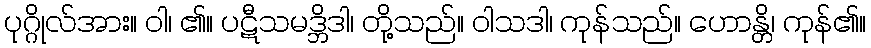
ပုဂ္ဂိုလ်အား။ ဝါ၊ ၏။ ပဋီသမဒ္ဘိဒါ၊ တို့သည်။ ဝါသဒါ၊ ကုန်သည်။ ဟောန္တိ၊ ကုန်၏။